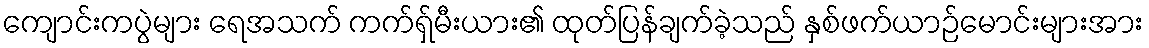
ကျောင်းကပွဲများ ရေအသက် ကက်ရှ်မီးယား၏ ထုတ်ပြန်ချက်ခဲ့သည် နှစ်ဖက်ယာဉ်မောင်းများအား